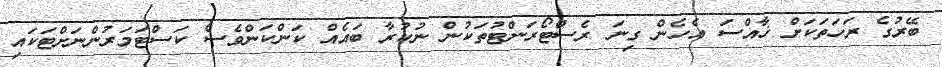
ބޭރުގެ ރަހަތަކަށް ޚާއްސަ އެހެން ގިނަ ރެސްޓޯރަންޓުތަކުން ނުކުރާ ބައެއް ކަންކަންވެސް ކަސްޓަމަރުންނަށްޓަކައި